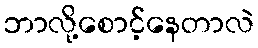
ဘာလို့စောင့်နေတာလဲ